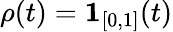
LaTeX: \rho(t)=\mathbf 1_{[0,1]}(t)